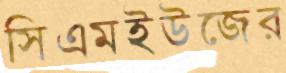
সিএমইউজের